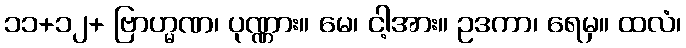
၁၁+၁၂+ ဗြာဟ္မဏ၊ ပုဏ္ဏား။ မေ၊ ငါ့အား။ ဥဒကာ၊ ရေမှ။ ထလံ၊